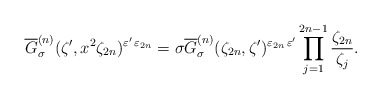
\begin{align*}\overline{G}_{\sigma}^{(n)} (\zeta', x^{2}\zeta_{2n})^{\varepsilon'\,\varepsilon_{2n}}=\sigma\overline{G}_{\sigma}^{(n)} (\zeta_{2n},\zeta')^{\varepsilon_{2n}\,\varepsilon'}\prod_{j=1}^{2n-1} \frac{\zeta_{2n}}{\zeta_j}.\end{align*}